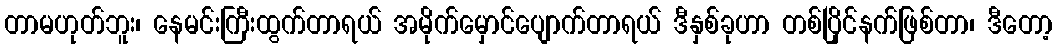
တာမဟုတ်ဘူး၊ နေမင်းကြီးထွက်တာရယ် အမိုက်မှောင်ပျောက်တာရယ် ဒီနှစ်ခုဟာ တစ်ပြိုင်နက်ဖြစ်တာ၊ ဒီတော့